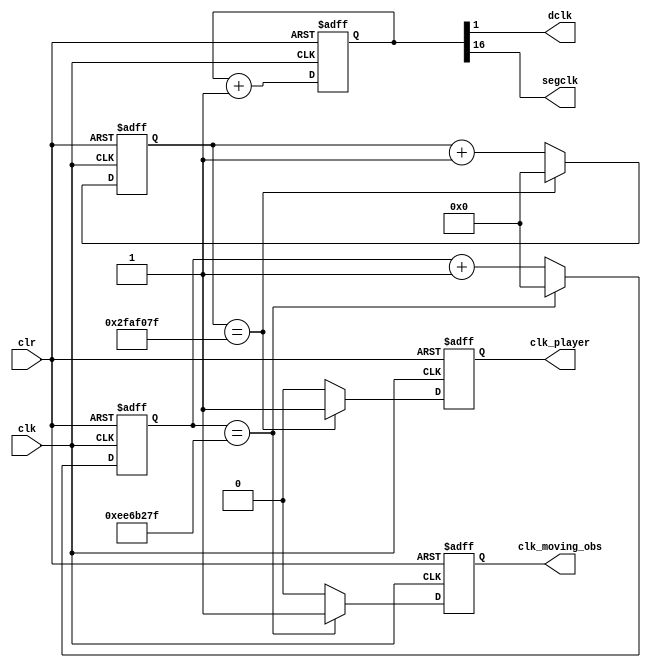
`timescale 1ns / 1ps
module clockdiv(
	input wire clk,		//master clock: 50MHz
	input wire clr,		//asynchronous reset
	output wire dclk,		//pixel clock: 25MHz
	output wire segclk,	//7-segment clock: 381.47Hz
	output reg clk_player,
	output reg clk_moving_obs
	);

reg [31:0] a;  //1hz
reg [31:0] b;

// 17-bit counter variable
reg [16:0] q;

// Clock divider --
// Each bit in q is a clock signal that is
// only a fraction of the master clock.
always @(posedge clk or posedge clr)
begin
	// reset condition
	if (clr == 1)
		q <= 0;
	// increment counter by one
	else
		q <= q + 1;
end

//1Hz clock
always @(posedge clk or posedge clr)
begin
	if(clr == 1)
	begin
		clk_player <= 0;
		a <= 0;
	end

	else if( a == 'd50000000 -1)
	begin
		clk_player <= 1;
		a <= 0;
	end

	else
	begin
		clk_player <= 0;
		a <= a + 1;
	end

end

//Hz clock
always @(posedge clk or posedge clr)
begin
	if(clr == 1)
	begin
		clk_moving_obs <= 0;
		b <= 0;
	end

	else if( b == 'd250000000 -1)
	begin
		clk_moving_obs <= 1;
		b <= 0;
	end

	else
	begin
		clk_moving_obs <= 0;
		b <= b + 1;
	end

end

// 50Mhz  2^17 = 381.47Hz
assign segclk = q[16];

// 50Mhz  2^1 = 25MHz
assign dclk = q[1];

endmodule